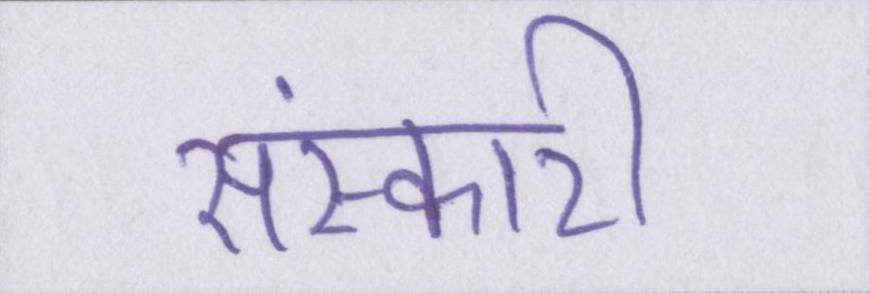
संस्कारी